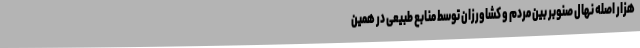
هزار اصله نهال صنوبر بین مردم و کشاورزان توسط منابع طبیعی در همین